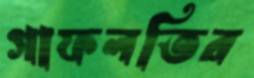
গাফলতির